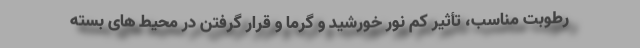
رطوبت مناسب، تأثیر کم نور خورشید و گرما و قرار گرفتن در محیط های بسته